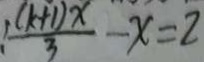
\frac { ( k + 1 ) x } { 3 } - x = 2